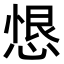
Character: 𢝧